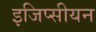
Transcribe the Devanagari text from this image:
इजिप्सीयन